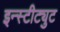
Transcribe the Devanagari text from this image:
इन्स्टीट्युट